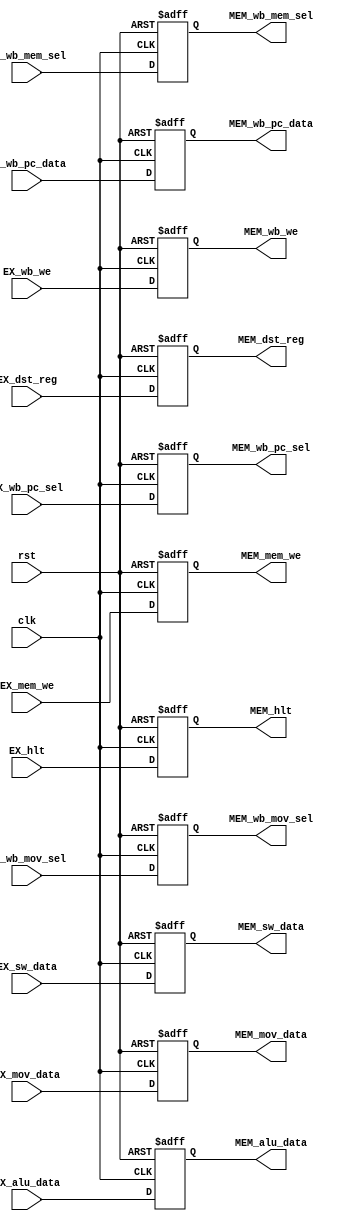
module EX_MEM_pipeline(
		input clk,
		input rst,
		input EX_mem_we,
		input EX_wb_mem_sel,
		input EX_wb_pc_sel,
		input EX_wb_we,
		input EX_wb_mov_sel,
		input EX_hlt,
		input [4:0] EX_dst_reg,
		input [31:0] EX_mov_data,
		input [31:0] EX_alu_data,
		input [31:0] EX_sw_data,
		input [21:0] EX_wb_pc_data,
		output reg MEM_mem_we,
		output reg MEM_wb_mem_sel,
		output reg MEM_wb_pc_sel,
		output reg MEM_wb_we,
		output reg MEM_wb_mov_sel,
		output reg MEM_hlt,
		output reg [4:0] MEM_dst_reg,
		output reg [31:0] MEM_mov_data,
		output reg [31:0] MEM_alu_data,
		output reg [31:0] MEM_sw_data,
		output reg [21:0] MEM_wb_pc_data);
	
	always @ (posedge clk, posedge rst) begin
		if(rst) begin
			MEM_mem_we <= 0;
			MEM_wb_mem_sel <= 0;
			MEM_wb_pc_sel <= 0;
			MEM_wb_we <= 0;
			MEM_wb_mov_sel <= 0;
			MEM_hlt <= 0;
			MEM_dst_reg <= 0;
			MEM_mov_data <= 0;
			MEM_alu_data <= 0;
			MEM_sw_data <= 0;
			MEM_wb_pc_data <= 0;
		end
		else begin
			MEM_mem_we <= EX_mem_we;
			MEM_wb_mem_sel <= EX_wb_mem_sel;
			MEM_wb_pc_sel <= EX_wb_pc_sel;
			MEM_wb_we <= EX_wb_we;
			MEM_wb_mov_sel <= EX_wb_mov_sel;
			MEM_hlt <= EX_hlt;
			MEM_dst_reg <= EX_dst_reg;
			MEM_mov_data <= EX_mov_data;
			MEM_alu_data <= EX_alu_data;
			MEM_sw_data <= EX_sw_data;
			MEM_wb_pc_data <= EX_wb_pc_data;
		end
	end
endmodule